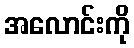
အလောင်းကို